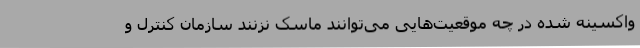
واکسینه شده در چه موقعیت‌هایی می‌توانند ماسک نزنند سازمان کنترل و